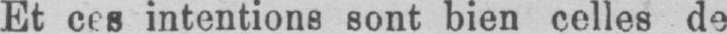
Et ces intentions sont bien celles de